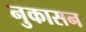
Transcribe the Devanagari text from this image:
नुकासन